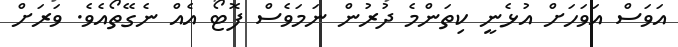
އަވަސް އަވަހަށް އުޅެނީ ކިތަންމެ ދުރުން ނަމަވެސް ފޮޓޯ އެއް ނެގޭތޯއެވެ. ވަރަށް